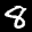
Label: 8